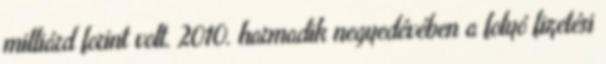
milliárd forint volt. 2010. harmadik negyedévében a folyó fizetési